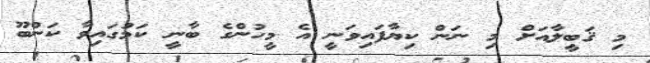
މި ޤަބީލާއަށް މި ނަން ކިޔާފައިވަނީ އެ މީހުންްގެ ބާނީ ކަމުގައިވާ ކަންބޫ